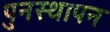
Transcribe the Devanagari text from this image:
पुनस्थापन